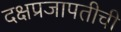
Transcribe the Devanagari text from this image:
दक्षप्रजापतीची